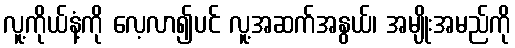
လူ့ကိုယ်နံ့ကို လေ့လာ၍ပင် လူ့အဆက်အနွယ်၊ အမျိုးအမည်ကို